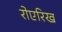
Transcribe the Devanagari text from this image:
रोएरिख